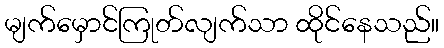
မျက်မှောင်ကြုတ်လျက်သာ ထိုင်နေသည်။